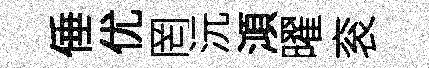
倕优罔沅澒曜衮